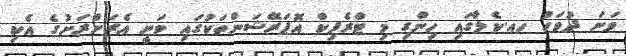
ވަނަ ދުވަހު ހއ.ކެލާގައި ހިންގި މި ޓްރެފިކް އޮޕަރޭޝަންތަކުގައި ވަނީ އެރަށްރަށުގެ އެކި